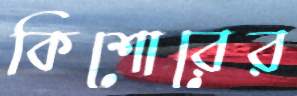
কিশোরের